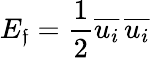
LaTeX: E_{\mathfrak{f}}={\frac{{1}}{{2}}}{\overline{{{u_{i}}}}}\, {\overline{{{u_{i}}}}}